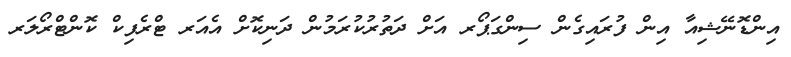
އިންޑޮނޭޝިއާ އިން ފުރައިގެން ސިންގަޕޯރ އަށް ދަތުރުކުރަމުން ދަނިކޮށް އެއަރ ޓްރެފިކް ކޮންޓްރޯލަރ